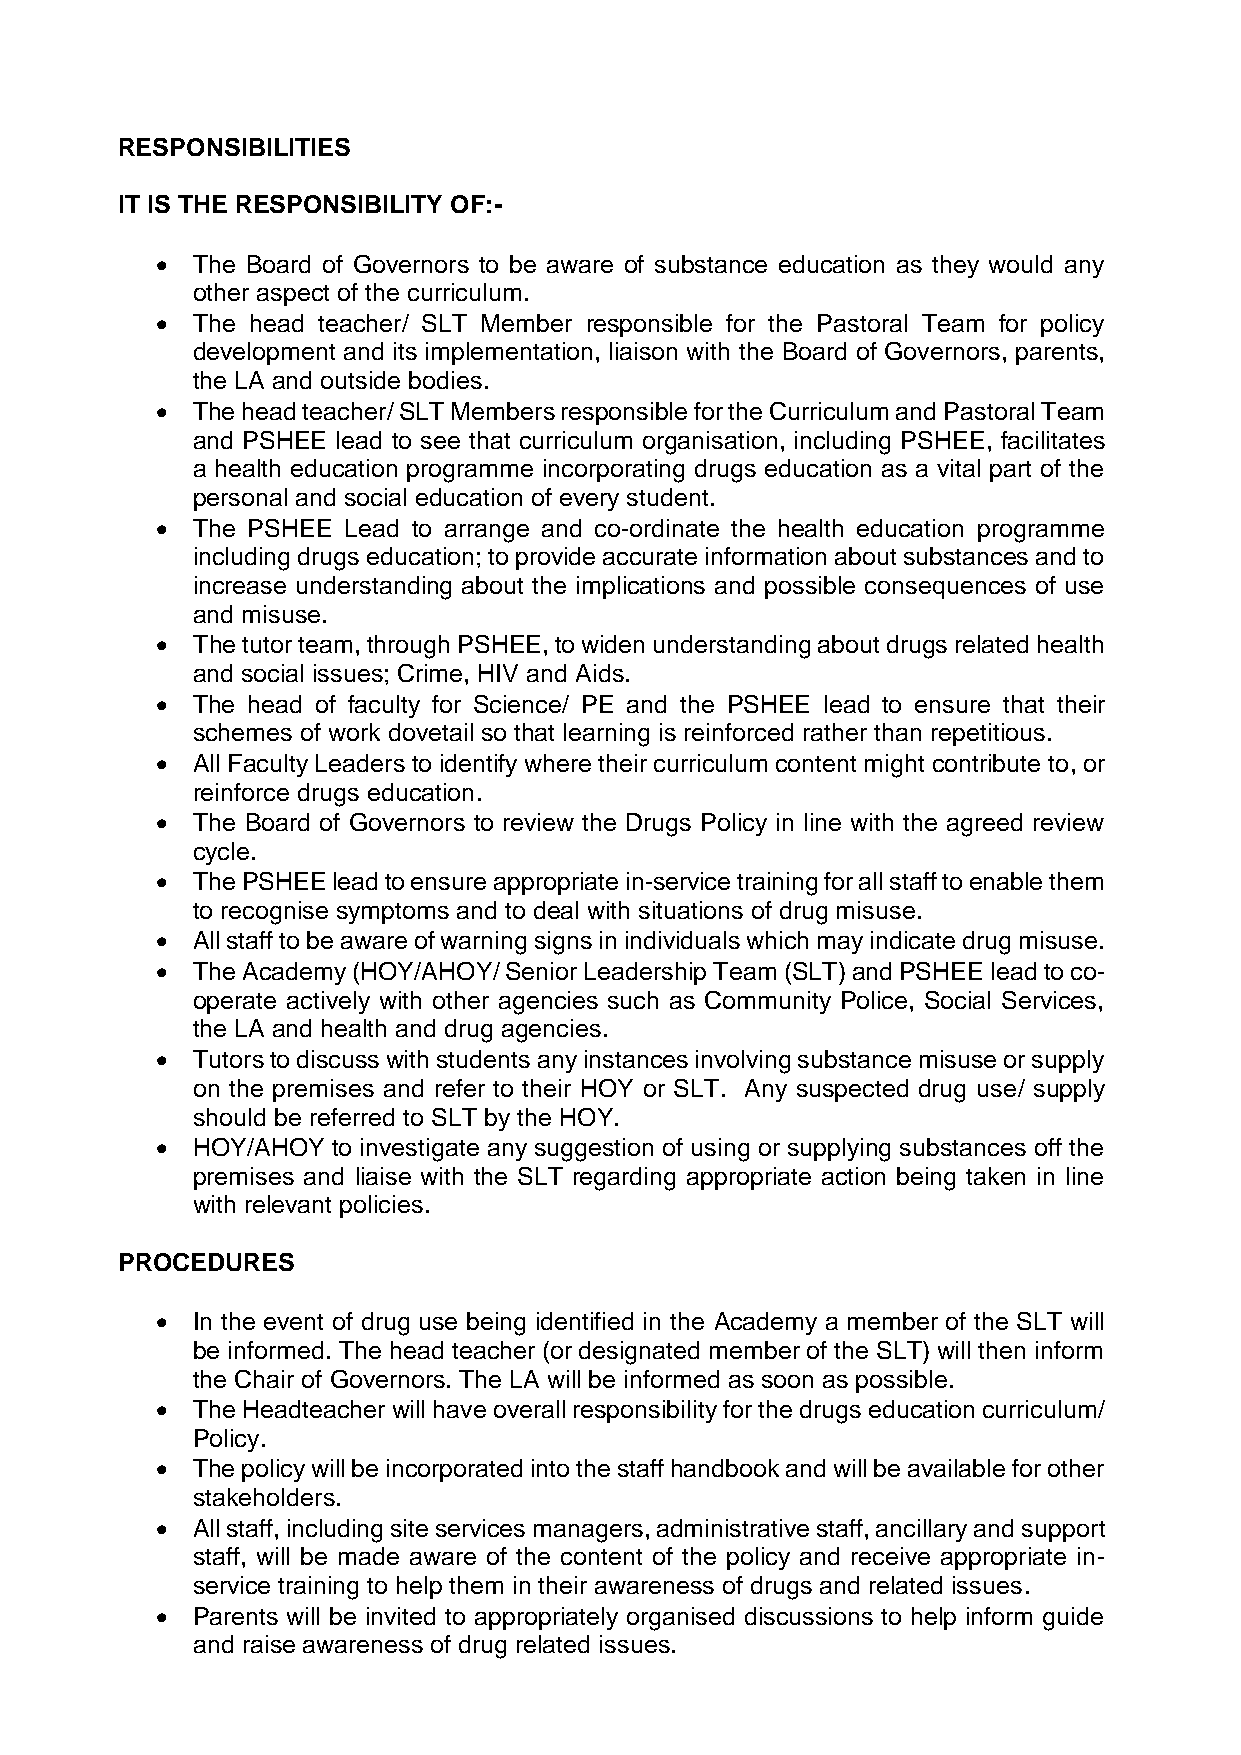
RESPONSIBILITIES
 IT IS THE RESPONSIBILITY OF:-
   The Board of Governors to be aware of substance education as they would any
 other aspect of the curriculum.
   The head teacher/ SLT Member responsible for the Pastoral Team for policy
 development and its implementation, liaison with the Board of Governors, parents,
 the LA and outside bodies.
   The head teacher/ SLT Members responsible for the Curriculum and Pastoral Team
 and PSHEE lead to see that curriculum organisation, including PSHEE, facilitates
 a health education programme incorporating drugs education as a vital part of the
 personal and social education of every student.
   The PSHEE Lead to arrange and co-ordinate the health education programme
 including drugs education; to provide accurate information about substances and to
 increase understanding about the implications and possible consequences of use
 and misuse.
   The tutor team, through PSHEE, to widen understanding about drugs related health
 and social issues; Crime, HIV and Aids.
   The head of faculty for Science/ PE and the PSHEE lead to ensure that their
 schemes of work dovetail so that learning is reinforced rather than repetitious.
   All Faculty Leaders to identify where their curriculum content might contribute to, or
 reinforce drugs education.
   The Board of Governors to review the Drugs Policy in line with the agreed review
 cycle.
   The PSHEE lead to ensure appropriate in-service training for all staff to enable them
 to recognise symptoms and to deal with situations of drug misuse.
   All staff to be aware of warning signs in individuals which may indicate drug misuse.
   The Academy (HOY/AHOY/ Senior Leadership Team (SLT) and PSHEE lead to co-
 operate actively with other agencies such as Community Police, Social Services,
 the LA and health and drug agencies.
   Tutors to discuss with students any instances involving substance misuse or supply
 on the premises and refer to their HOY or SLT. Any suspected drug use/ supply
 should be referred to SLT by the HOY.
   HOY/AHOY to investigate any suggestion of using or supplying substances off the
 premises and liaise with the SLT regarding appropriate action being taken in line
 with relevant policies.
 PROCEDURES
   In the event of drug use being identified in the Academy a member of the SLT will
 be informed. The head teacher (or designated member of the SLT) will then inform
 the Chair of Governors. The LA will be informed as soon as possible.
   The Headteacher will have overall responsibility for the drugs education curriculum/
 Policy.
   The policy will be incorporated into the staff handbook and will be available for other
 stakeholders.
   All staff, including site services managers, administrative staff, ancillary and support
 staff, will be made aware of the content of the policy and receive appropriate in-
 service training to help them in their awareness of drugs and related issues.
   Parents will be invited to appropriately organised discussions to help inform guide
 and raise awareness of drug related issues.